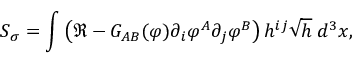
S _ { \sigma } = \int \left( \Re - { \cal G } _ { A B } ( \varphi ) \partial _ { i } \varphi ^ { A } \partial _ { j } \varphi ^ { B } \right) h ^ { i j } \sqrt { h } \; d ^ { 3 } x ,